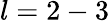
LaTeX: l=2-3